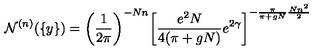
{ \cal N } ^ { ( n ) } ( \{ y \} ) = \left( \frac { 1 } { 2 \pi } \right) ^ { - N n } \! \left[ \frac { e ^ { 2 } N } { 4 ( \pi + g N ) } e ^ { 2 \gamma } \right] ^ { - \frac { \pi } { \pi + g N } \frac { N n ^ { 2 } } { 2 } }